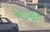
અડપોદરા